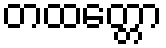
တထတ္တော